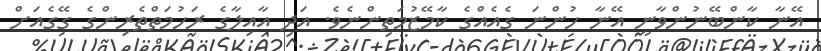
އޭނާ ކާންބޭނުންވާނީ އޭނާ ހުންނަ ގެއެއްގެ ކާމޭޒުމަތިންނެވެ. އަދި އާއިލާގެ ރަހުމަތްތެރިންގެ ގޭގެއަށް